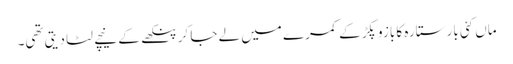
ماں کئی بار ستارہ کا بازو پکڑ کے کمرے میں لے جا کر پنکھے کے نیچے لٹا دیتی تھی۔